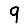
Digit: 9